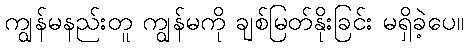
ကျွန်မနည်းတူ ကျွန်မကို ချစ်မြတ်နိုးခြင်း မရှိခဲ့ပေ။